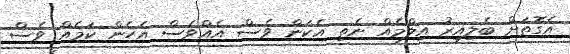
އެގޮތަށް ބެލިއިރު އިލްމެއް ނެތި އެކަން ވެސް އެއްވެސް އެހެން ކަމެއް ވެސް